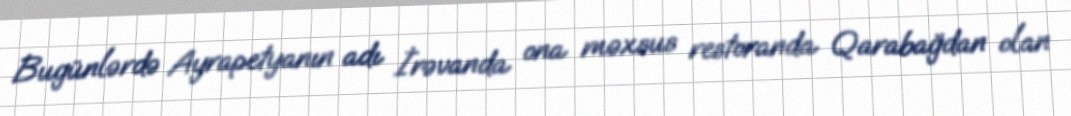
Bugünlərdə Ayrapetyanın adı İrəvanda ona məxsus restoranda Qarabağdan olan